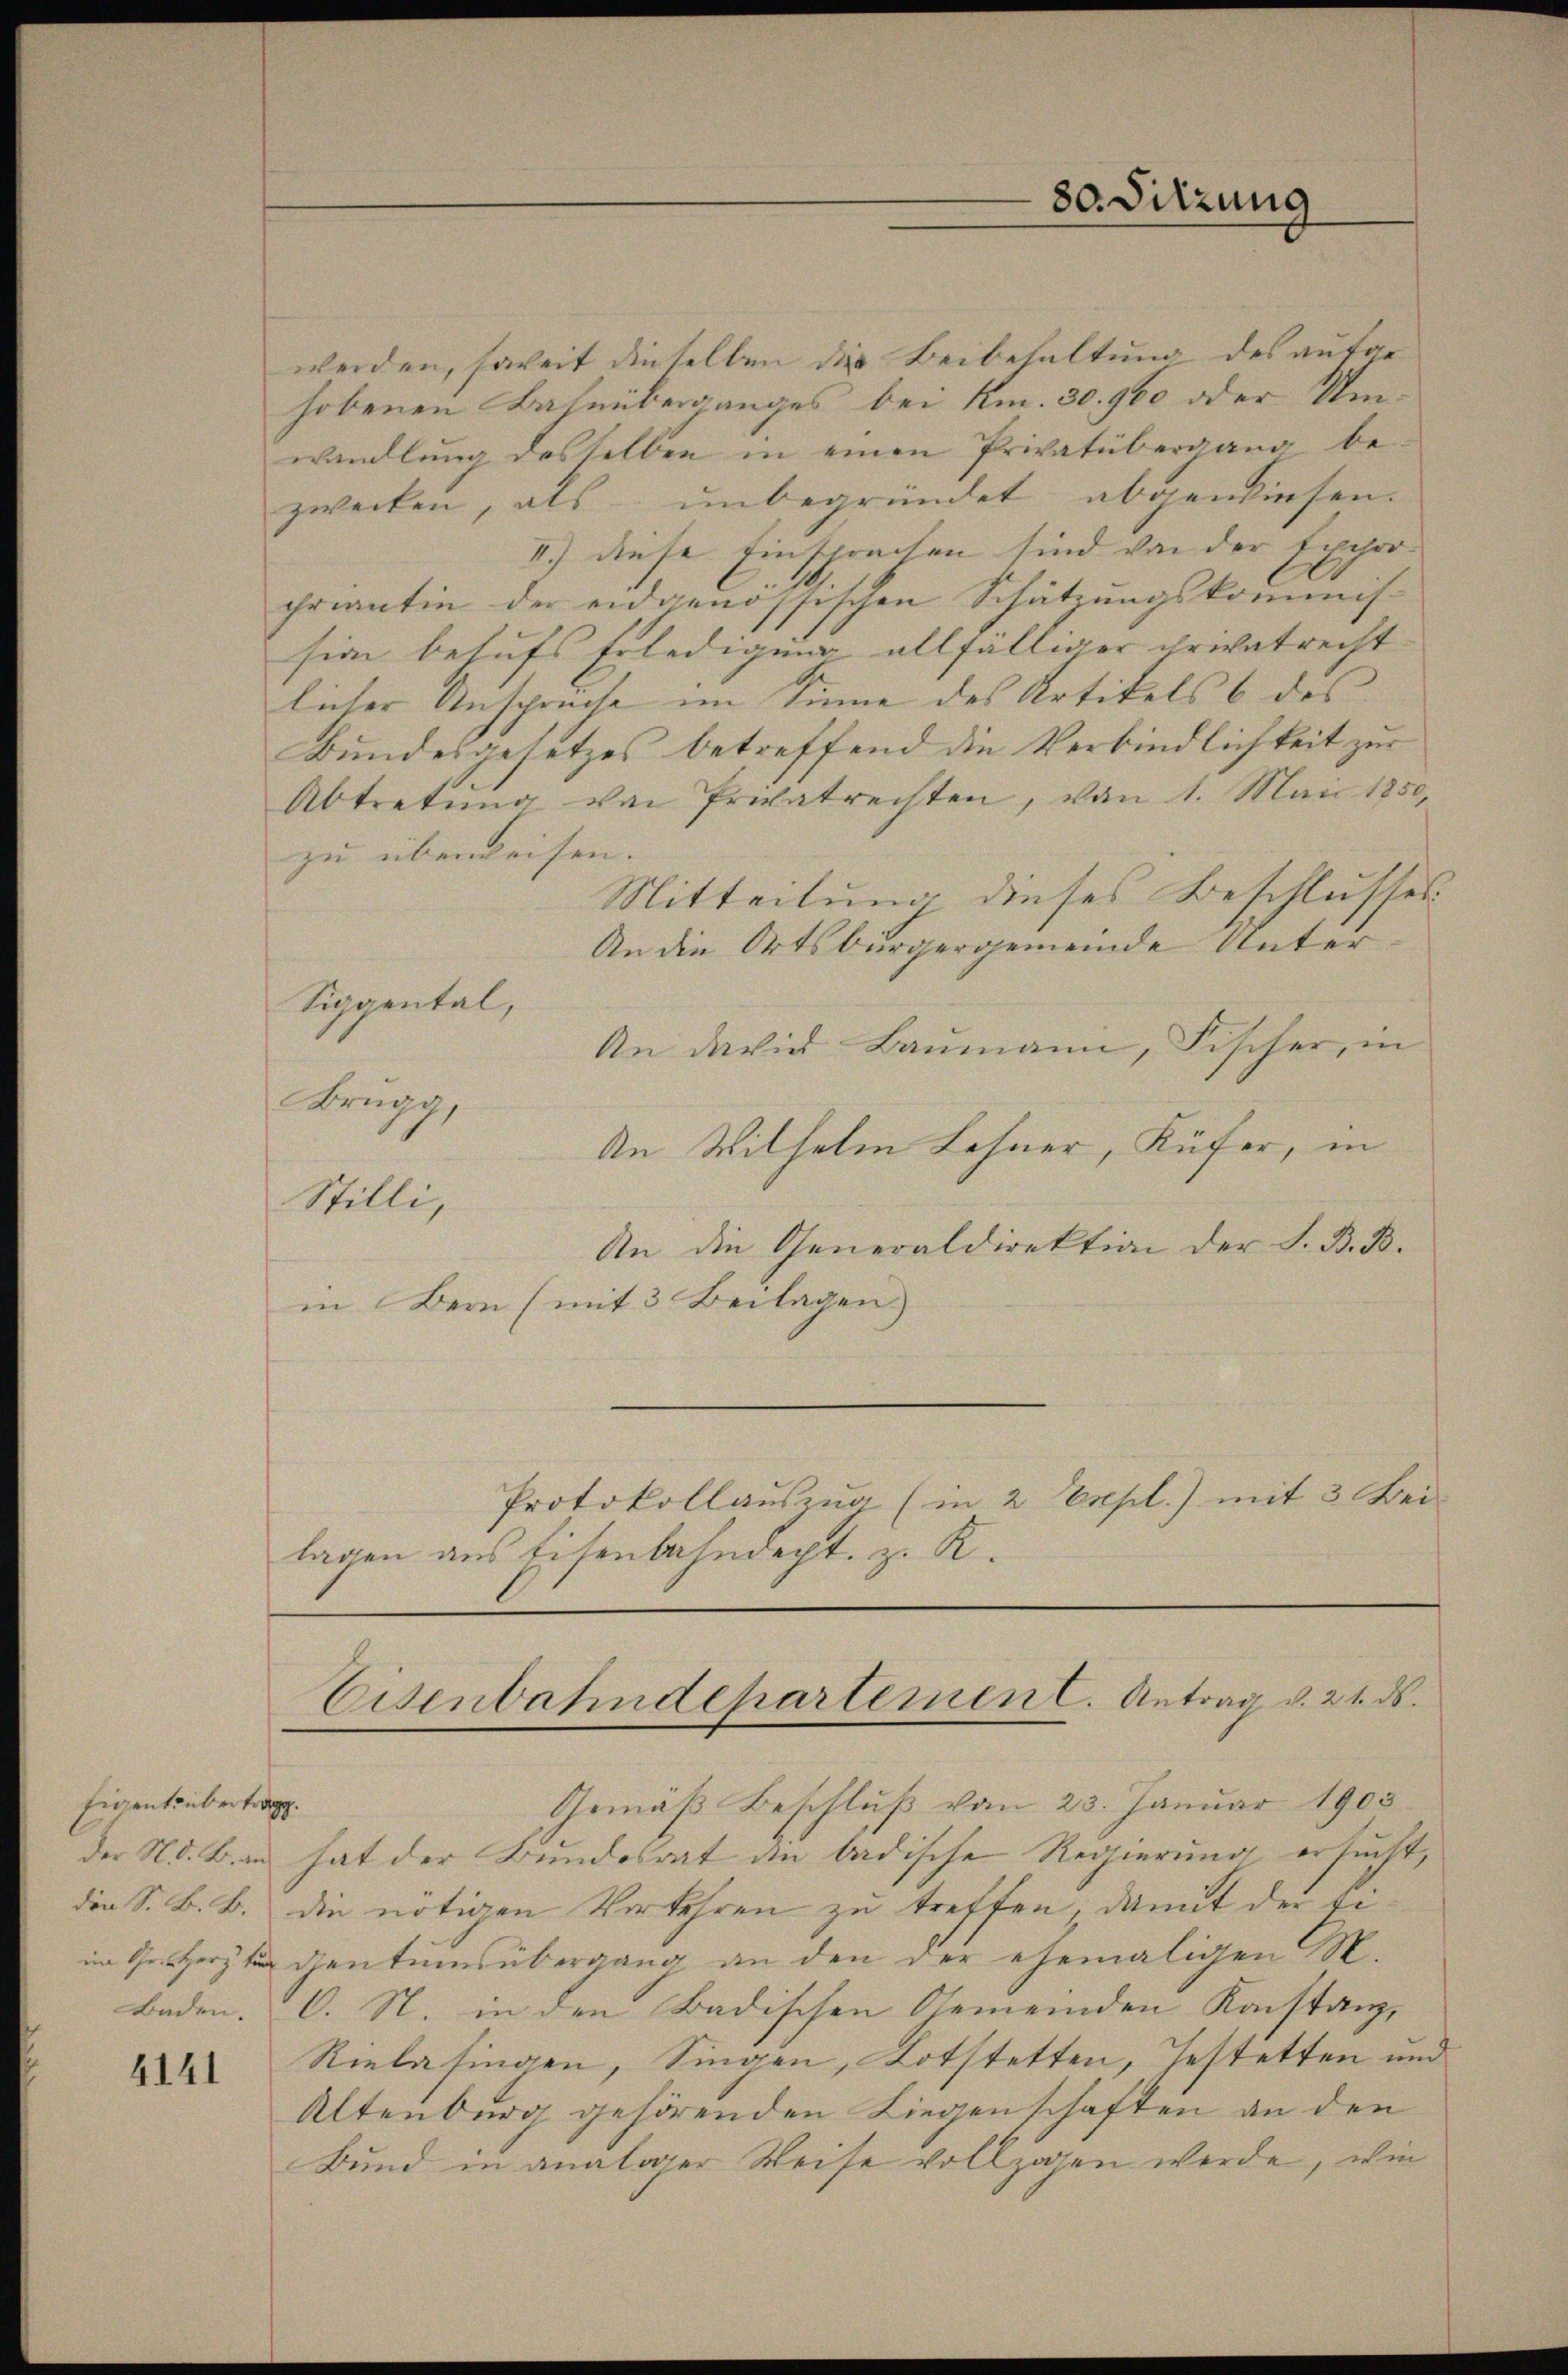
Eigent übertrag

4141

80. Sitzung

werden, soweit dieselben die Beibehaltung des aufgehobenen Bahnüberganges bei Km. 30. 900 oder Umwandlung desselben in einen Privatübergang be-
zwecken, als unbegründet abgewiesen.
II.) diese Einsprachen sind von der Exchro-
criantin der eidgenössischen Schätzungskommis-
sion behufs Erledigung allfälliger Chrivatrecht
licher Ansprüche im Sinne des Artikels 6 des
Bundesgesetzes betreffend die Verbindlichkeit zur
Abtretŭng von Privatrechten, von 1. Mai 1850,
zu überweisen.
Mitteilung dieses Beschlusses
An die Ortsbürgergemeinde Unter¬
Siggental,
An darin Baumann, Fischer, in
Brugg,
An Wilhelm Lohner, Küfer, in
Stilli,
An die Generaldirektion der S. B. B.
in Bern (mit 3 Beilagen.
Protokollauszug (in 2 Expl.) mit 3 Bei-
lagen aus Eisenbahndacht, z. R.

Eisenbahndepartemen C. Antrag d. 21. ds.
Gemäß Beschluß vom 23. Januar 1905

der N. B. an hat der Bundesrat den badische Regierung ersucht,
die S. B. B. die nötigen Verkehren zu treffen, damit der Fiim 9. Herz gentumsübergang an den der ehemaligen S.
Baden. C. N. in den Badischen Gemeinden Konstanz,
Rielasingen, Singen, Lotstetten, Gestetten und
Altenburg gehörenden Liegenschaften an den
Bund in analoger Weise vollzogen werde, wie